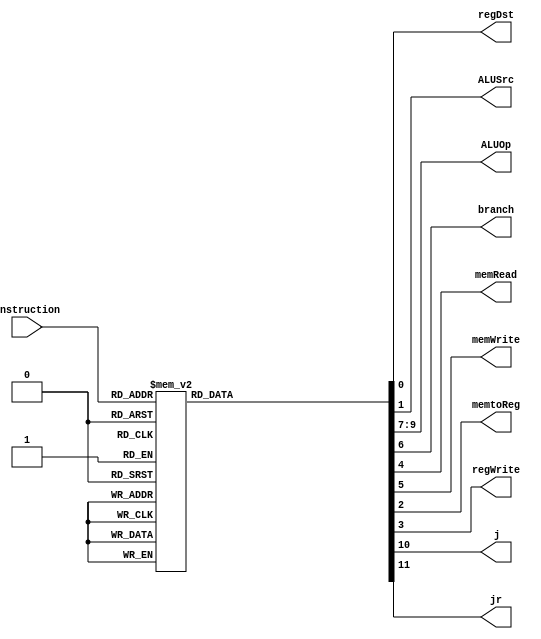
module controlunit(regDst,ALUSrc,ALUOp,branch,memRead,memWrite ,memtoReg,regWrite,j, jr, instruction);
	input[5:0] instruction;
	output reg regDst,branch,memRead,memtoReg,memWrite,ALUSrc, regWrite, j, jr;
	output reg [2:0]ALUOp;
	parameter [5:0]
	NOP =	6'b0,
	AND =	6'b100100,
	ANDI =6'b1100,
	OR =	6'b100101,
	ORI =	6'b001101,
	XOR =	6'b100110,
	XORI =6'b1110,
	ADD =	6'b100000,
	ADDI =6'b1000,
	SUB = 6'b100010,
	SLT =	6'b101010,
	SLL =	6'b1,
	J =	6'b10,
	JR =	6'b1001,
	BGT =	6'b111,
	LW = 	6'b100011,
	SW = 	6'b101011;

	
	
	// Everything except ALUOp
	always@(*) begin
		case(instruction)
			NOP: begin
					regDst=1;
					ALUSrc=0;
					memtoReg = 0;
					regWrite=1;
					memRead = 0;
					memWrite =0;
					branch = 0;
					ALUOp=3'b010;
					j=0;
					jr=0;
				end
			AND: begin
					regDst=1;
					ALUSrc=0;
					memtoReg = 0;
					regWrite=1;
					memRead = 0;
					memWrite =0;
					branch = 0;
					ALUOp=3'b010;
					j=0;
					jr=0;
				end
			ANDI: begin
					regDst=1;
					ALUSrc=1;
					memtoReg = 0;
					regWrite=1;
					memRead = 0;
					memWrite =0;
					branch = 0;
					ALUOp=3'b011;
					j=0;
					jr=0;
				end
			OR: begin
					regDst=1;
					ALUSrc=0;
					memtoReg = 0;
					regWrite=1;
					memRead = 0;
					memWrite =0;
					branch = 0;
					ALUOp=3'b010;
					j=0;
					jr=0;
				end
			ORI: begin
					regDst=1;
					ALUSrc=1;
					memtoReg = 0;
					regWrite=1;
					memRead = 0;
					memWrite =0;
					branch = 0;
					ALUOp=3'b101;
					j=0;
					jr=0;
				end
			XOR: begin
					regDst=1;
					ALUSrc=0;
					memtoReg = 0;
					regWrite=1;
					memRead = 0;
					memWrite =0;
					branch = 0;
					ALUOp=3'b010;
					j=0;
					jr=0;
				end
			XORI: begin
					regDst=1;
					ALUSrc=1;
					memtoReg = 0;
					regWrite=1;
					memRead = 0;
					memWrite =0;
					branch = 0;
					ALUOp=3'b100;
					j=0;
					jr=0;
				end
			ADD: begin
					regDst=1;
					ALUSrc=0;
					memtoReg = 0;
					regWrite=1;
					memRead = 0;
					memWrite =0;
					branch = 0;
					ALUOp=3'b010;
					j=0;
					jr=0;
				end
			ADDI: begin
					regDst=1;
					ALUSrc=1;
					memtoReg = 0;
					regWrite=1;
					memRead = 0;
					memWrite =0;
					branch = 0;
					ALUOp=3'b0;
					j=0;
					jr=0;
				end
			SUB: begin
					regDst=1;
					ALUSrc=0;
					memtoReg = 0;
					regWrite=1;
					memRead = 0;
					memWrite =0;
					branch = 0;
					ALUOp=3'b010;
					j=0;
					jr=0;
				end
			SLT: begin
					regDst=1;
					ALUSrc=0;
					memtoReg = 0;
					regWrite=1;
					memRead = 0;
					memWrite =0;
					branch = 0;
					ALUOp=3'b010;
					j=0;
					jr=0;
				end
			SLL: begin
					regDst=1;
					ALUSrc=0;
					memtoReg = 0;
					regWrite=1;
					memRead = 0;
					memWrite =0;
					branch = 0;
					ALUOp=3'b010;
					j=0;
					jr=0;
				end
			J: begin
					regDst=1;
					ALUSrc=0;
					memtoReg = 0;
					regWrite=1;
					memRead = 0;
					memWrite =0;
					branch = 0;
					ALUOp=3'b010;
					j=1;
					jr=0;
				end
			JR: begin
					regDst=1;
					ALUSrc=0;
					memtoReg = 0;
					regWrite=1;
					memRead = 0;
					memWrite =0;
					branch = 0;
					ALUOp=3'b010;
					j=0;
					jr=1;
				end
			BGT: begin
					regDst=1'bx;
					ALUSrc=0;
					memtoReg = 1'bx;
					regWrite=0;
					memRead = 0;
					memWrite =0;
					branch = 1;
					ALUOp=3'b001;
					j=0;
					jr=0;
				end
			LW: begin
					regDst=0;
					ALUSrc=1;
					memtoReg = 1;
					regWrite=1;
					memRead = 1;
					memWrite =0;
					branch = 0;
					ALUOp=3'b0;
					j=0;
					jr=0;
				end
			SW: begin
					regDst= 1'bx;
					ALUSrc=1;
					memtoReg = 1'bx;
					regWrite = 0;
					memRead = 0;
					memWrite = 1;
					branch = 0;
					ALUOp = 3'b0;
					j=0;
					jr=0;
				end
			default: begin // default is same as R function
					regDst=1;
					ALUSrc=0;
					memtoReg = 0;
					regWrite=1;
					memRead = 0;
					memWrite =0;
					branch = 0;
					ALUOp=2'b10;
					j=0;
					jr=0;
					end
		endcase
	end
endmodule
/* module testbench();
	wire regDst,branch,memRead,memtoReg,memWrite,ALUSrc, regWrite, j, jr;
	wire [2:0]ALUOp;
	wire [5:0] instruction;

	controlunit ctrl(regDst,ALUSrc,ALUOp,branch,memRead,memWrite ,memtoReg,regWrite,j, jr, instruction); 
	tester test(regDst,ALUSrc,ALUOp,branch,memRead,memWrite ,memtoReg,regWrite,j, jr, instruction);


	initial begin
		$dumpfile("control.vcd");
		$dumpvars();
	end
endmodule
module tester(regDst,ALUSrc,ALUOp,branch,memRead,memWrite ,memtoReg,regWrite,j, jr, instruction);
	input regDst,branch,memRead,memtoReg,memWrite,ALUSrc, regWrite, j, jr;
	input [2:0]ALUOp;


	output reg [5:0] instruction;
	integer i;

	parameter delay = 10;

	initial begin
	
		
		instruction = 6'b0;//nop
		#delay;
		
		
		instruction = 6'b100100;//and
		#delay;
		
	
		instruction = 6'b100100;//and
		#delay;
		
	
		instruction = 6'b1100;//andi
		#delay;
		
		
		instruction = 6'b100101;//or
		#delay;
		
		
		instruction = 6'b001101;//ori
		#delay;
		
		
		instruction = 6'b100110;//xor
		#delay;
		
		
		instruction = 6'b1110;//xori
		#delay;
		
		
		instruction = 6'b100000;//add
		#delay;
		
		
		instruction = 6'b1000;//addi
		#delay;
		
		
		instruction = 6'b10;//j
		#delay;
		
		
		instruction = 6'b1001;//jr
		#delay;
		
		
		instruction = 6'b111;//bgt
		#delay;
		
		
end
endmodule */